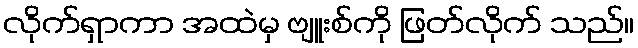
လိုက်ရှာကာ အထဲမှ ဗျူးစ်ကို ဖြတ်လိုက် သည်။